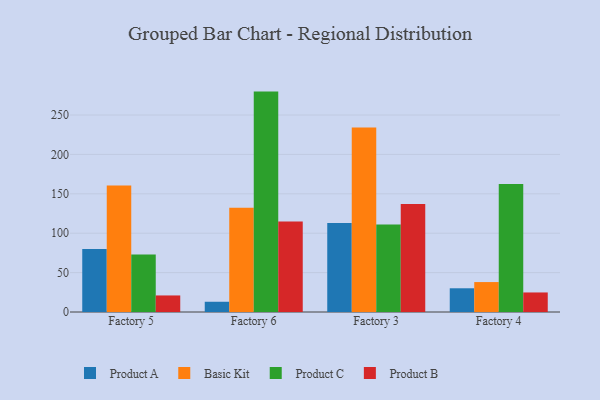
{"axis": {"x": "Factory", "y": "Bounce Rate (%)"}, "legend": ["Basic Kit", "Product A", "Product B", "Product C"], "data": [{"x": "Factory 5", "y": 79.8, "type": "Product A"}, {"x": "Factory 5", "y": 160.4, "type": "Basic Kit"}, {"x": "Factory 5", "y": 72.9, "type": "Product C"}, {"x": "Factory 5", "y": 21.0, "type": "Product B"}, {"x": "Factory 6", "y": 13.0, "type": "Product A"}, {"x": "Factory 6", "y": 132.2, "type": "Basic Kit"}, {"x": "Factory 6", "y": 279.7, "type": "Product C"}, {"x": "Factory 6", "y": 114.7, "type": "Product B"}, {"x": "Factory 3", "y": 113.1, "type": "Product A"}, {"x": "Factory 3", "y": 234.1, "type": "Basic Kit"}, {"x": "Factory 3", "y": 111.1, "type": "Product C"}, {"x": "Factory 3", "y": 137.0, "type": "Product B"}, {"x": "Factory 4", "y": 30.1, "type": "Product A"}, {"x": "Factory 4", "y": 38.0, "type": "Basic Kit"}, {"x": "Factory 4", "y": 162.3, "type": "Product C"}, {"x": "Factory 4", "y": 24.8, "type": "Product B"}]}